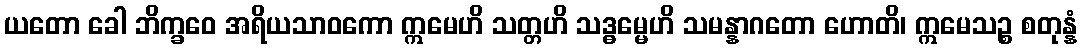
ယတော ခေါ ဘိက္ခဝေ အရိယသာဝကော ဣမေဟိ သတ္တဟိ သဒ္ဓမ္မေဟိ သမန္နာဂတော ဟောတိ၊ ဣမေသဉ္စ စတုန္နံ